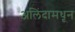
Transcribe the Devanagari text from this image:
अलिंदामधून